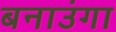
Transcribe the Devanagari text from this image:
बनाउंगा